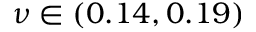
\nu \in ( 0 . 1 4 , 0 . 1 9 )